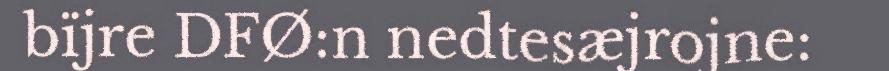
bïjre DFØ:n nedtesæjrojne: